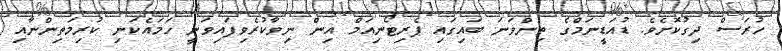
ހުރަސް ދިގުކޮށެވެ. ޑުއަޑީނަމްގެ ތިންވަނަ ބައިގައި ޕެރިޓޯނިއަމް އިން ނިވާކުރެވިފައިވަނީ ހަމައެކަނި ކުރިމަތިންނާއި